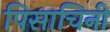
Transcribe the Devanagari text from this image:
पिसाचिनी